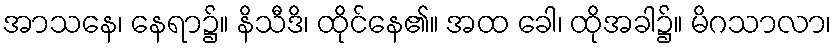
အာသနေ၊ နေရာ၌။ နိသီဒိ၊ ထိုင်နေ၏။ အထ ခေါ၊ ထိုအခါ၌။ မိဂသာလာ၊